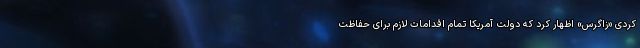
کردی «زاگرس» اظهار کرد که دولت آمریکا تمام اقدامات لازم برای حفاظت